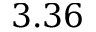
3 . 3 6